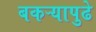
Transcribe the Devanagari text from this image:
बकऱ्यापुढे